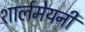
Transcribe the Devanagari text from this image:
शार्लमेयनी